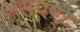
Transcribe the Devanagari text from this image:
असपष्ट